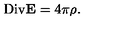
\mathrm { D i v } { \bf E } = 4 \pi \rho .